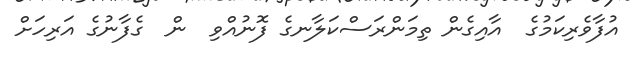
އުފާވެރިކަމުގެ  އާއިގެން ތިމަންރަސްކަލާނގެ ފޮނުއްވި  ން  ގެފާނުގެ އަރިހަށް